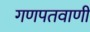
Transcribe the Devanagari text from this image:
गणपतवाणी